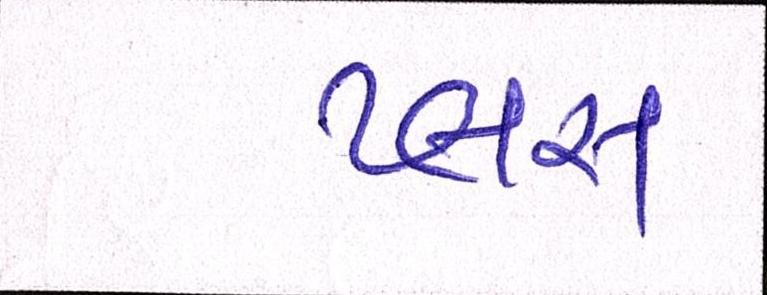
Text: પ્લસ